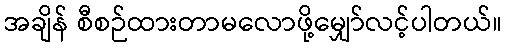
အချိန် စီစဉ်ထားတာမလောဖို့မျှော်လင့်ပါတယ်။